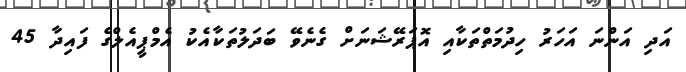
އަދި އަންނަ އަަހަރު ހިދުމަތްތަކާއި އޮޕަރޭޝަނަށް ގެނެވޭ ބަދަލުތަކާއެކު އެމްޕީއެލްގެ ފައިދާ 45